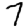
Digit: 7